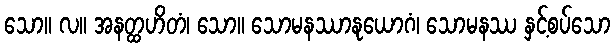
သော။ လ။ အနတ္ထဟိတံ၊ သော။ သောမနဿာနုယောဂံ၊ သောမနဿ နှင့်စပ်သော